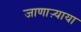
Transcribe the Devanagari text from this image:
जाणाऱ्याया